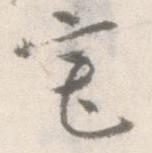
宅